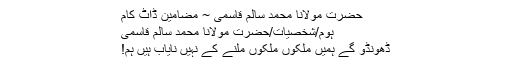
حضرت مولانا محمد سالم قاسمی ~ مضامین ڈاٹ کام
ہوم/شخصیات/حضرت مولانا محمد سالم قاسمی
ڈھونڈو گے ہمیں ملکوں ملکوں ملنے کے نہیں نایاب ہیں ہم!